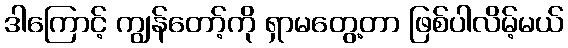
ဒါကြောင့် ကျွန်တော့်ကို ရှာမတွေ့တာ ဖြစ်ပါလိမ့်မယ်